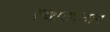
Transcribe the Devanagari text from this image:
स्थाटपत्यम